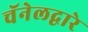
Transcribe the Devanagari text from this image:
चॅनेलद्वारे